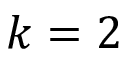
k = 2